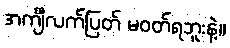
အင်္ကျီလက်ပြတ် မဝတ်ရဘူးနဲ့။